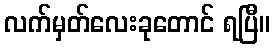
လက်မှတ်လေးခုတောင် ရပြီ။